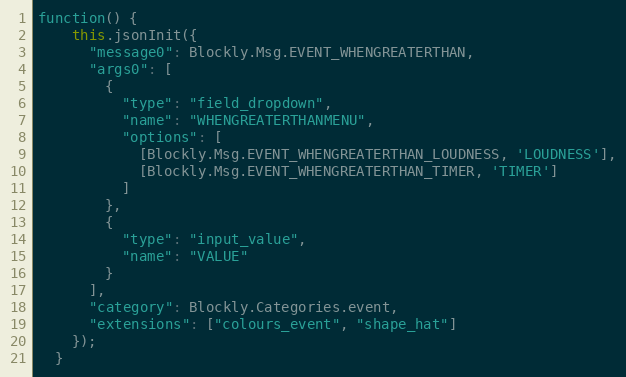
Language: JavaScript
function() {
    this.jsonInit({
      "message0": Blockly.Msg.EVENT_WHENGREATERTHAN,
      "args0": [
        {
          "type": "field_dropdown",
          "name": "WHENGREATERTHANMENU",
          "options": [
            [Blockly.Msg.EVENT_WHENGREATERTHAN_LOUDNESS, 'LOUDNESS'],
            [Blockly.Msg.EVENT_WHENGREATERTHAN_TIMER, 'TIMER']
          ]
        },
        {
          "type": "input_value",
          "name": "VALUE"
        }
      ],
      "category": Blockly.Categories.event,
      "extensions": ["colours_event", "shape_hat"]
    });
  }